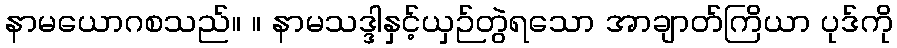
နာမယောဂစသည်။ ။ နာမသဒ္ဒါနှင့်ယှဉ်တွဲရသော အာချာတ်ကြိယာ ပုဒ်ကို